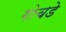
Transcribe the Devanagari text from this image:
गोचडे